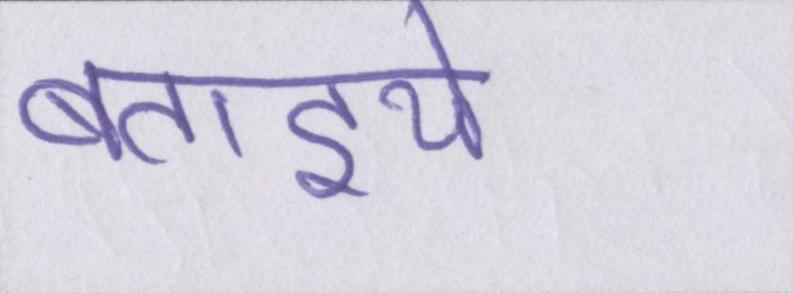
बताइये